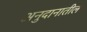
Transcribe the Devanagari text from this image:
अनुदानातील